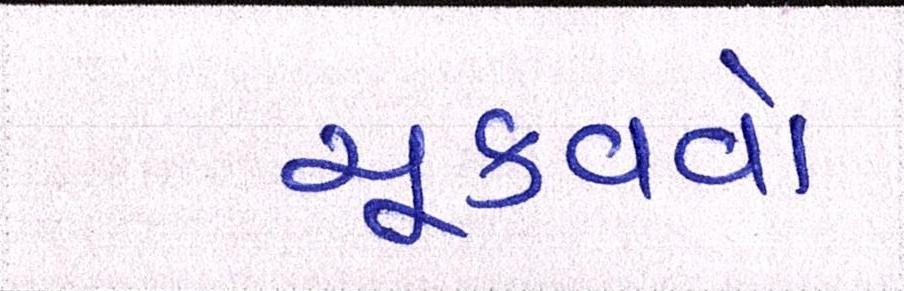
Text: ચૂકવવો